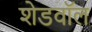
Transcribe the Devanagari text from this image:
शेडवॉल